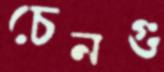
চেনগু